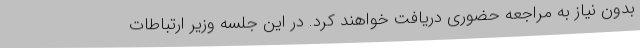
بدون نیاز به مراجعه حضوری دریافت خواهند کرد. در این جلسه وزیر ارتباطات